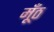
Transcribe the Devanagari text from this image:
मूँठ